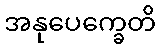
အနုပေက္ခေတိ